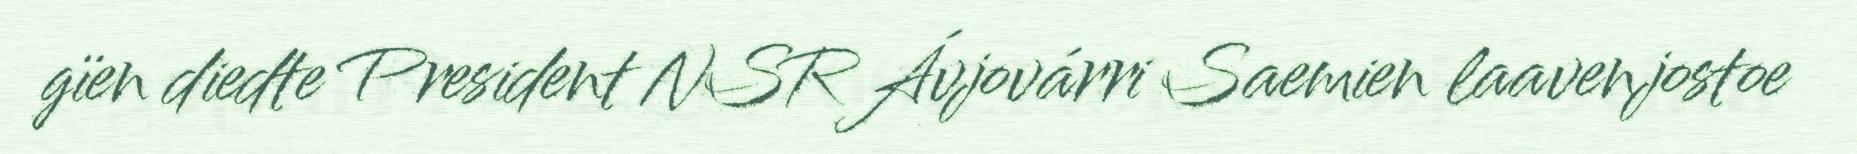
gïen diedte President NSR Ávjovárri Saemien laavenjostoe